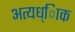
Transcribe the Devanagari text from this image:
अत्यध्ािक